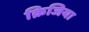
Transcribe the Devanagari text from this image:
क्रिजिया